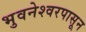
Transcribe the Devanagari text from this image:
भुवनेश्वरपासून